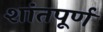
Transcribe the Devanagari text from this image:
शांतपूर्ण